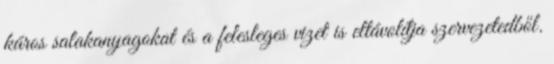
káros salakanyagokat és a felesleges vizet is eltávolítja szervezetedből.